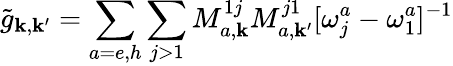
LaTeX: \tilde{g}_{\mathbf{k},\mathbf{k}^{\prime}}=\sum_{a=e,h}\sum_{j>1}M_{a,\mathbf{k}}^{1j}M_{a,\mathbf{k}^{\prime}}^{j1}[\omega_{j}^{a}-\omega_{1}^{a}]^{-1}